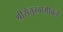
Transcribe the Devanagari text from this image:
श्रीसेतूस्वामींकडे